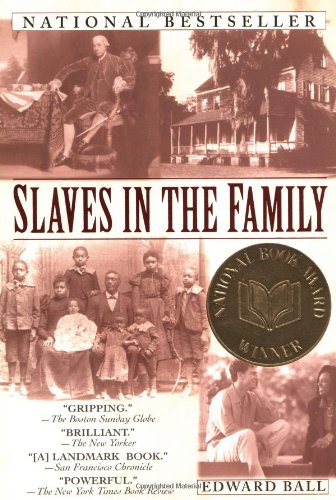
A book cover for Slaves in the Family; Edward Ball; Biographies & Memoirs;